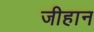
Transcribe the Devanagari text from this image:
जीहान